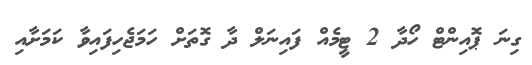
ގިނަ ޕޮއިންޓް ހޯދާ 2 ޓީމެއް ފައިނަލް ދާ ގޮތަށް ހަމަޖެހިފައިވާ ކަމަށާއި